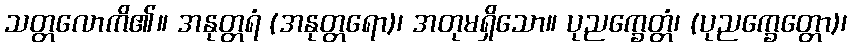
သတ္တလောကိ၏။ အနုတ္တရံ (အနုတ္တရော)၊ အတုမရှိသော။ ပုညက္ခေတ္တံ၊ (ပုညက္ခေတ္တော)၊